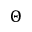
\Theta